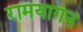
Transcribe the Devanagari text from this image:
रामयागन